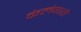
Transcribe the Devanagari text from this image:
केलेगरी